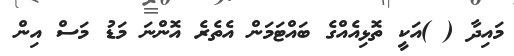
މައިދާ ( )އަކީ ތޮޅިއެއްގެ ބައްޓަމަން އެތެރެ އޮންނަ މަޑު މަސް އިން